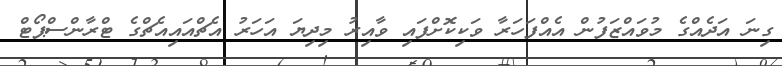
ގިނަ އަދެއްގެ މުވައްޒަފުން އެއްފަހަރާ ވަކިކޮށްފައި ވާއިރު މިދިޔަ އަހަރު އެޗްއައިއެޗްގެ ޓްރާންސްޕޯޓް